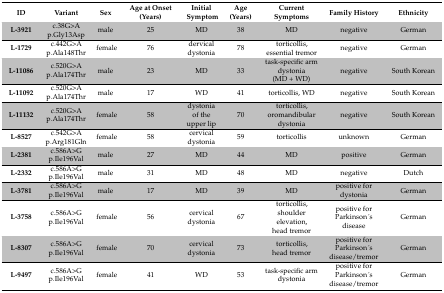
<table><thead><tr><td><b>ID</b></td><td><b>Variant</b></td><td><b>Sex</b></td><td><b>Age at Onset (Years)</b></td><td><b>Initial Symptom</b></td><td><b>Age (Years)</b></td><td><b>Current Symptoms</b></td><td><b>Family History</b></td><td><b>Ethnicity</b></td></tr></thead><tbody><tr><td><b>L-3921</b></td><td>c.38G&gt;A p.Gly13Asp</td><td>male</td><td>25</td><td>MD</td><td>38</td><td>MD</td><td>negative</td><td>German</td></tr><tr><td><b>L-1729</b></td><td>c.442G&gt;A p.Ala148Thr</td><td>female</td><td>76</td><td>dervical dystonia</td><td>78</td><td>torticollis, essential tremor</td><td>negative</td><td>German</td></tr><tr><td><b>L-11086</b></td><td>c.520G&gt;A p.Ala174Thr</td><td>male</td><td>23</td><td>MD</td><td>33</td><td>task-specific arm dystonia (MD + WD)</td><td>negative</td><td>South Korean</td></tr><tr><td><b>L-11092</b></td><td>c.520G&gt;A p.Ala174Thr</td><td>male</td><td>17</td><td>WD</td><td>41</td><td>torticollis, WD</td><td>negative</td><td>South Korean</td></tr><tr><td><b>L-11132</b></td><td>c.520G&gt;A p.Ala174Thr</td><td>female</td><td>58</td><td>dystonia of the upper lip</td><td>70</td><td>torticollis, oromandibular dystonia</td><td>negative</td><td>South Korean</td></tr><tr><td><b>L-8527</b></td><td>c.542G&gt;A p.Arg181Gln</td><td>female</td><td>58</td><td>cervical dystonia</td><td>59</td><td>torticollis</td><td>unknown</td><td>German</td></tr><tr><td><b>L-2381</b></td><td>c.586A&gt;G p.Ile196Val</td><td>male</td><td>27</td><td>MD</td><td>44</td><td>MD</td><td>positive</td><td>German</td></tr><tr><td><b>L-2332</b></td><td>c.586A&gt;G p.Ile196Val</td><td>male</td><td>31</td><td>MD</td><td>48</td><td>MD</td><td>negative</td><td>Dutch</td></tr><tr><td><b>L-3781</b></td><td>c.586A&gt;G p.Ile196Val</td><td>male</td><td>17</td><td>MD</td><td>39</td><td>MD</td><td>positive for dystonia</td><td>German</td></tr><tr><td><b>L-3758</b></td><td>c.586A&gt;G p.Ile196Val</td><td>female</td><td>56</td><td>cervical dystonia</td><td>67</td><td>torticollis, shoulder elevation, head tremor</td><td>positive for Parkinson ́s disease</td><td>German</td></tr><tr><td><b>L-8307</b></td><td>c.586A&gt;G p.Ile196Val</td><td>female</td><td>70</td><td>cervical dystonia</td><td>73</td><td>torticollis, head tremor</td><td>positive for Parkinson ́s disease/tremor</td><td>German</td></tr><tr><td><b>L-9497</b></td><td>c.586A&gt;G p.Ile196Val</td><td>female</td><td>41</td><td>WD</td><td>53</td><td>task-specific arm dystonia</td><td>positive for Parkinson ́s disease/tremor</td><td>German</td></tr></tbody></table>